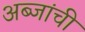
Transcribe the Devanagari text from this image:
अब्जांची